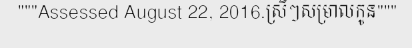
"""Assessed August 22, 2016.ស្រីៗសម្រាលកូន"""